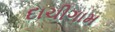
દાચીગામ